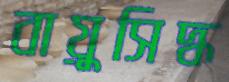
বায়ুসিদ্ধ